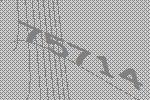
75714